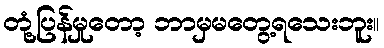
တုံ့ပြန်မှုတော့ ဘာမှမတွေ့ရသေးဘူး။